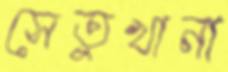
সেতুখানা